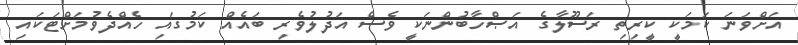
އަށްވަނަ ކަމަކީ ކީރިތި ރަސޫލާގެ އަޞްހާބުންނަކީ ވެސް އަދުލުވެރި ބައެއް ކަމުގައި ހެއްދެވުމަށްޓަކައި